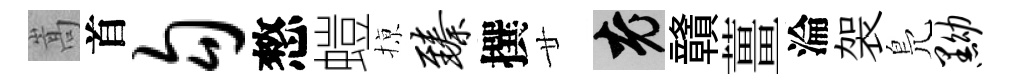
嵩首勾憗螘𢱊臻撰廿興贛薑淪袈鳬黝